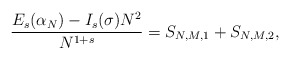
\begin{align*}\frac{E_{s}(\alpha_{N})-I_{s}(\sigma) N^{2}}{N^{1+s}}=S_{N,M,1}+S_{N,M,2},\end{align*}